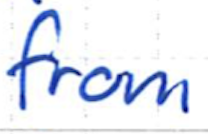
Text: from
Cross-out: clean
Writing tool: ballpoint